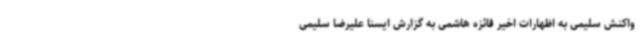
واکنش سلیمی به اظهارات اخیر فائزه هاشمی به گزارش ایسنا علیرضا سلیمی